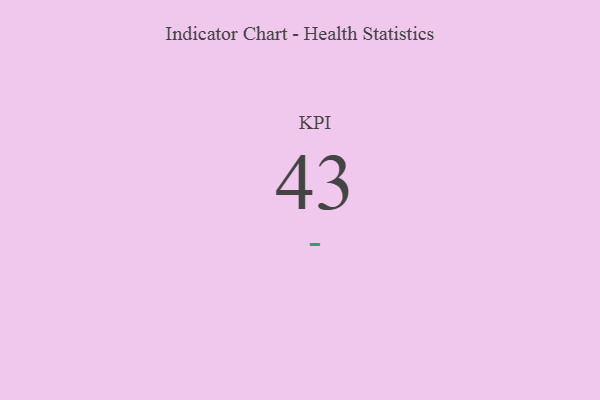
{"axis": {"x": "KPI", "y": "Value"}, "legend": [""], "data": [{"x": "KPI", "y": 43, "type": ""}]}